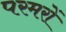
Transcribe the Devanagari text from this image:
परमरों